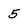
Character: 5